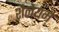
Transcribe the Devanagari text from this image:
शैलेयम्